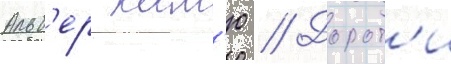
Альб'ер кам'ю // Дорот'и